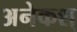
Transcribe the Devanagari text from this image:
अनेकश्